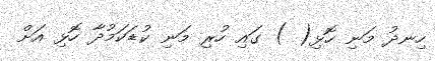
ހިނދު މަނި ހޮޅި( ) ގައި ހުރި މަނި ކުޑަކަމުދާ ހޮޅި އަށް